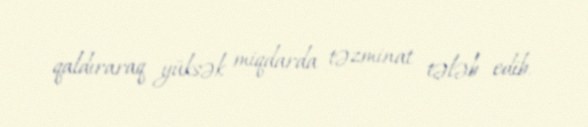
qaldıraraq yüksək miqdarda təzminat tələb edib.